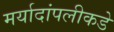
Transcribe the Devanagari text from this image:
मर्यादांपलीकडे